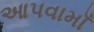
આપવામાઁ